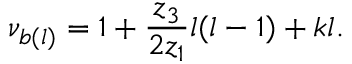
\nu _ { b ( l ) } = 1 + \frac { z _ { 3 } } { 2 z _ { 1 } } l ( l - 1 ) + k l .